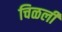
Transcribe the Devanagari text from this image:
चिळली